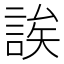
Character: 誒